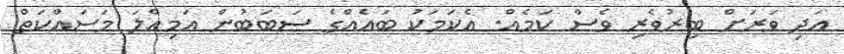
އަދި ވަރަށް ބިރުވެރި ވެސް ކަމެއް. އެކަމަކު ބައެއްގެ ސަބަބުން އަމިއްލަ މަސައްކަތް